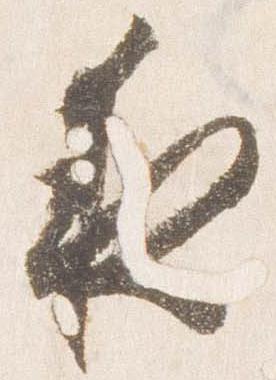
夜